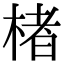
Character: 楮